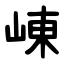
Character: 崠